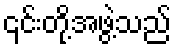
၎င်းတို့အဖွဲ့သည်